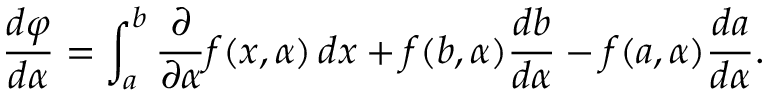
{ \frac { d \varphi } { d \alpha } } = \int _ { a } ^ { b } { \frac { \partial } { \partial \alpha } } f ( x , \alpha ) \, d x + f ( b , \alpha ) { \frac { d b } { d \alpha } } - f ( a , \alpha ) { \frac { d a } { d \alpha } } .